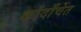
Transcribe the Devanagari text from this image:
कांदाँर्चेत